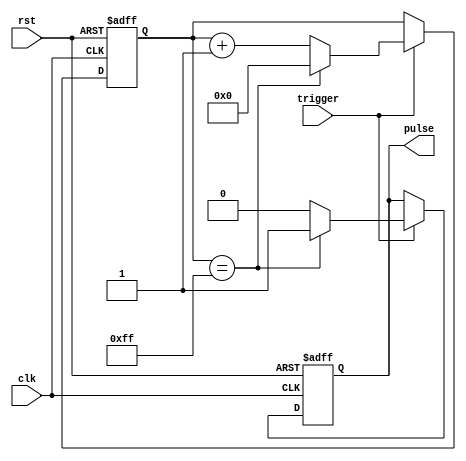
module async_pulse_generator (
    input clk,
    input rst,
    input trigger,
    output reg pulse
);

reg [7:0] counter;

always @ (posedge clk or posedge rst) begin
    if (rst) begin
        counter <= 8'b0;
        pulse <= 1'b0;
    end else begin
        if (trigger) begin
            counter <= counter + 1;
            if (counter == 8'd255) begin
                pulse <= 1'b1;
                counter <= 8'b0;
            end else begin
                pulse <= 1'b0;
            end
        end
    end
end

endmodule